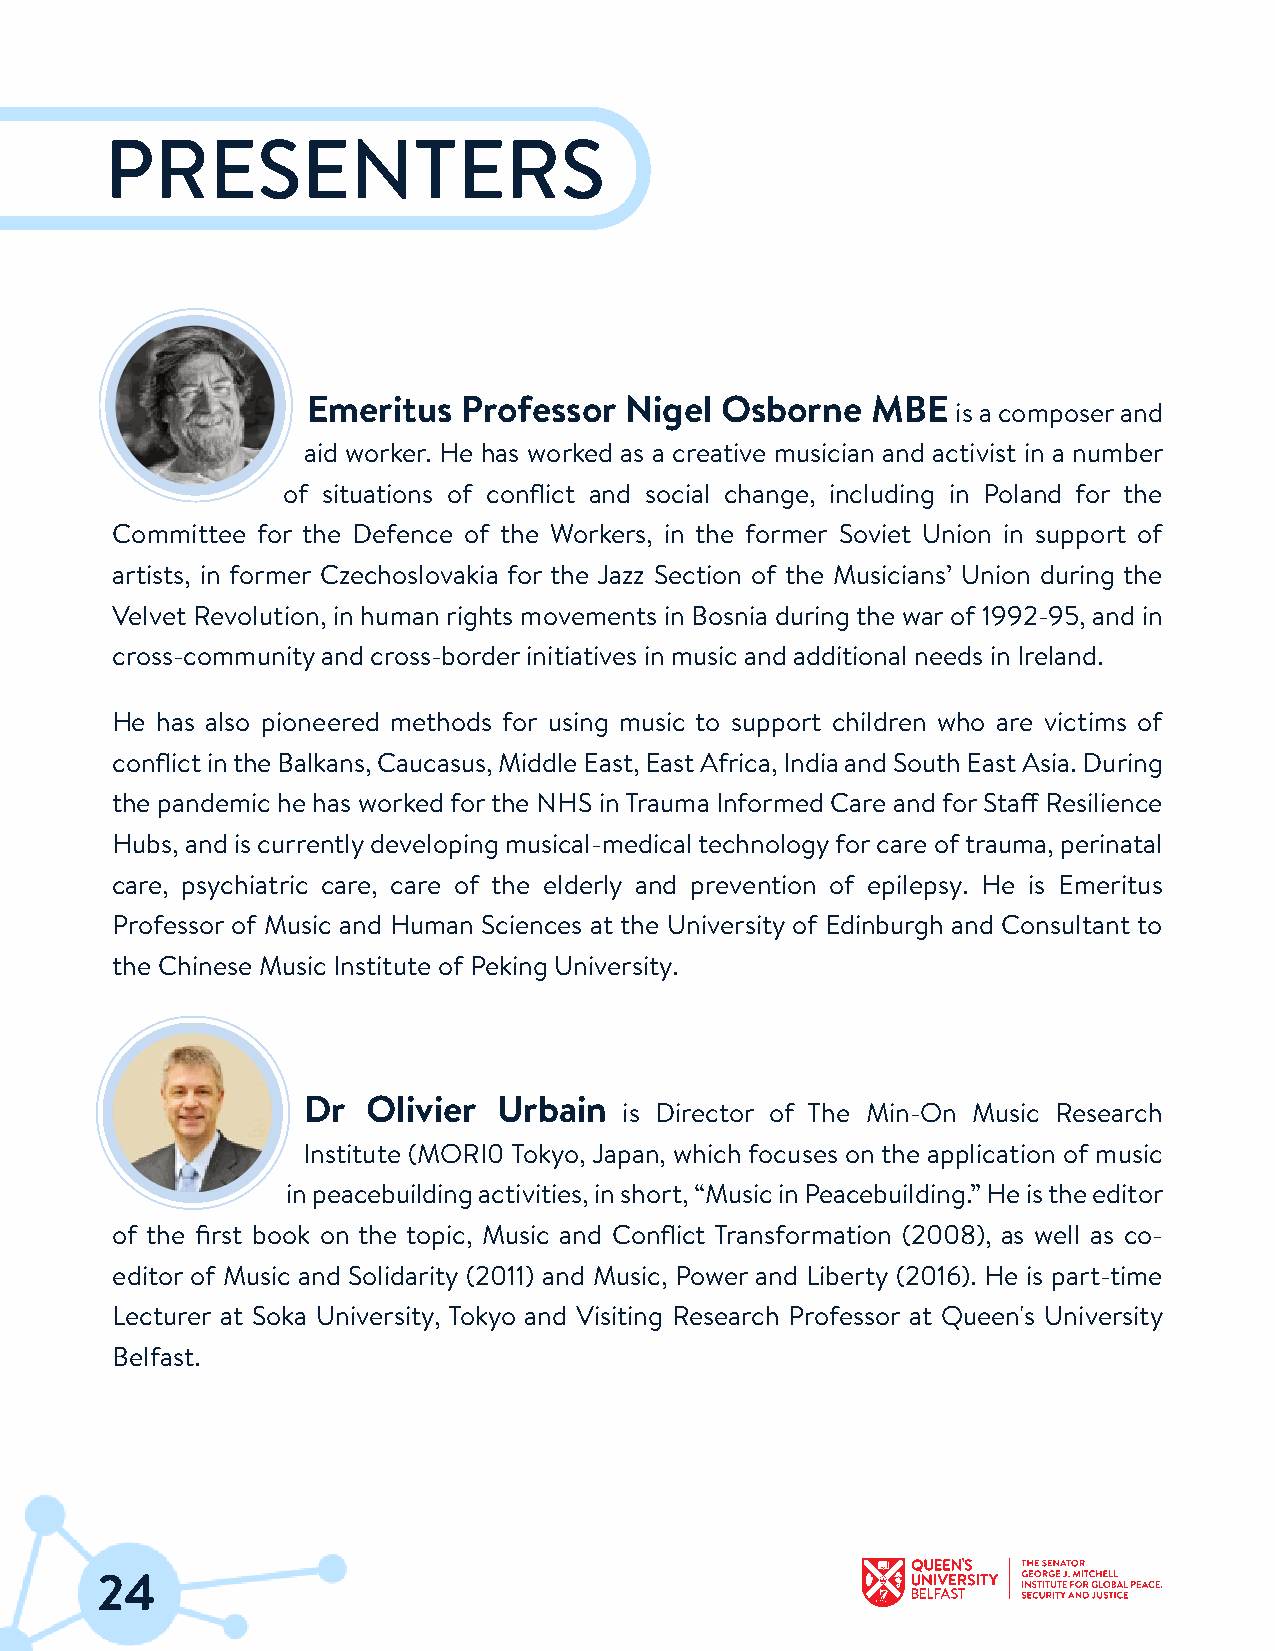
PRESENTERS
 Emeritus   Professor Nigel  Osborne   MBE
 is a composerand
 aid worker. He has worked as a creative musician and activist in a number
 of situations of conflict and social change, including in Poland for the
 Committee for the Defence of the Workers, in the former Soviet Union in support of
 artists, in former Czechoslovakia for the Jazz Section of the Musicians’ Union during the
 Velvet Revolution, in human rights movements in Bosnia during the war of 1992-95, and in
 cross-communityand cross-borderinitiatives in music and additional needs in Ireland.
 He has also pioneered methods for using music to support children who are victims of
 conflictintheBalkans,Caucasus,MiddleEast,EastAfrica,IndiaandSouthEastAsia.During
 the pandemic he has workedforthe NHS inTrauma Informed Care andforStaff Resilience
 Hubs, and is currentlydeveloping musical-medicaltechnologyforcare oftrauma, perinatal
 care, psychiatric care, care of the elderly and prevention of epilepsy. He is Emeritus
 Professor of Music and Human Sciences at the University of Edinburgh and Consultant to
 the Chinese Music Institute of Peking University.
 Dr  Olivier  Urbain
 is Director of The Min-On Music Research
 Institute (MORI0 Tokyo, Japan, which focuses on the application of music
 inpeacebuildingactivities,inshort,“MusicinPeacebuilding.”Heistheeditor
 of the first book on the topic, Music and Conflict Transformation (2008), as well as co-
 editor of Music and Solidarity (2011) and Music, Power and Liberty (2016). He is part-time
 Lecturer at Soka University, Tokyo and Visiting Research Professor at Queen's University
 Belfast.
 24